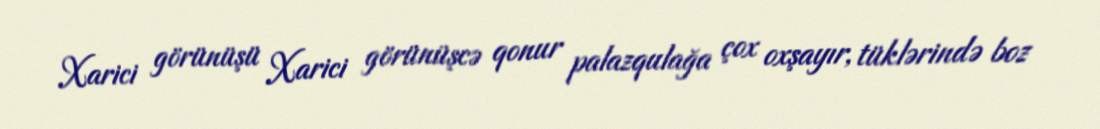
Xarici görünüşü Xarici görünüşcə qonur palazqulağa çox oxşayır, tüklərində boz